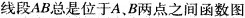
线段AB总是位于A、B两点之间函数图